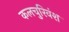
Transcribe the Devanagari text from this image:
कलचुरिवंश